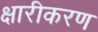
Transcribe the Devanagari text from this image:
क्षारीकरण